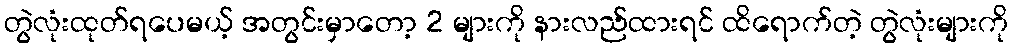
တွဲလုံးထုတ်ရပေမယ့် အတွင်းမှာတော့ 2 များကို နားလည်ထားရင် ထိရောက်တဲ့ တွဲလုံးများကို